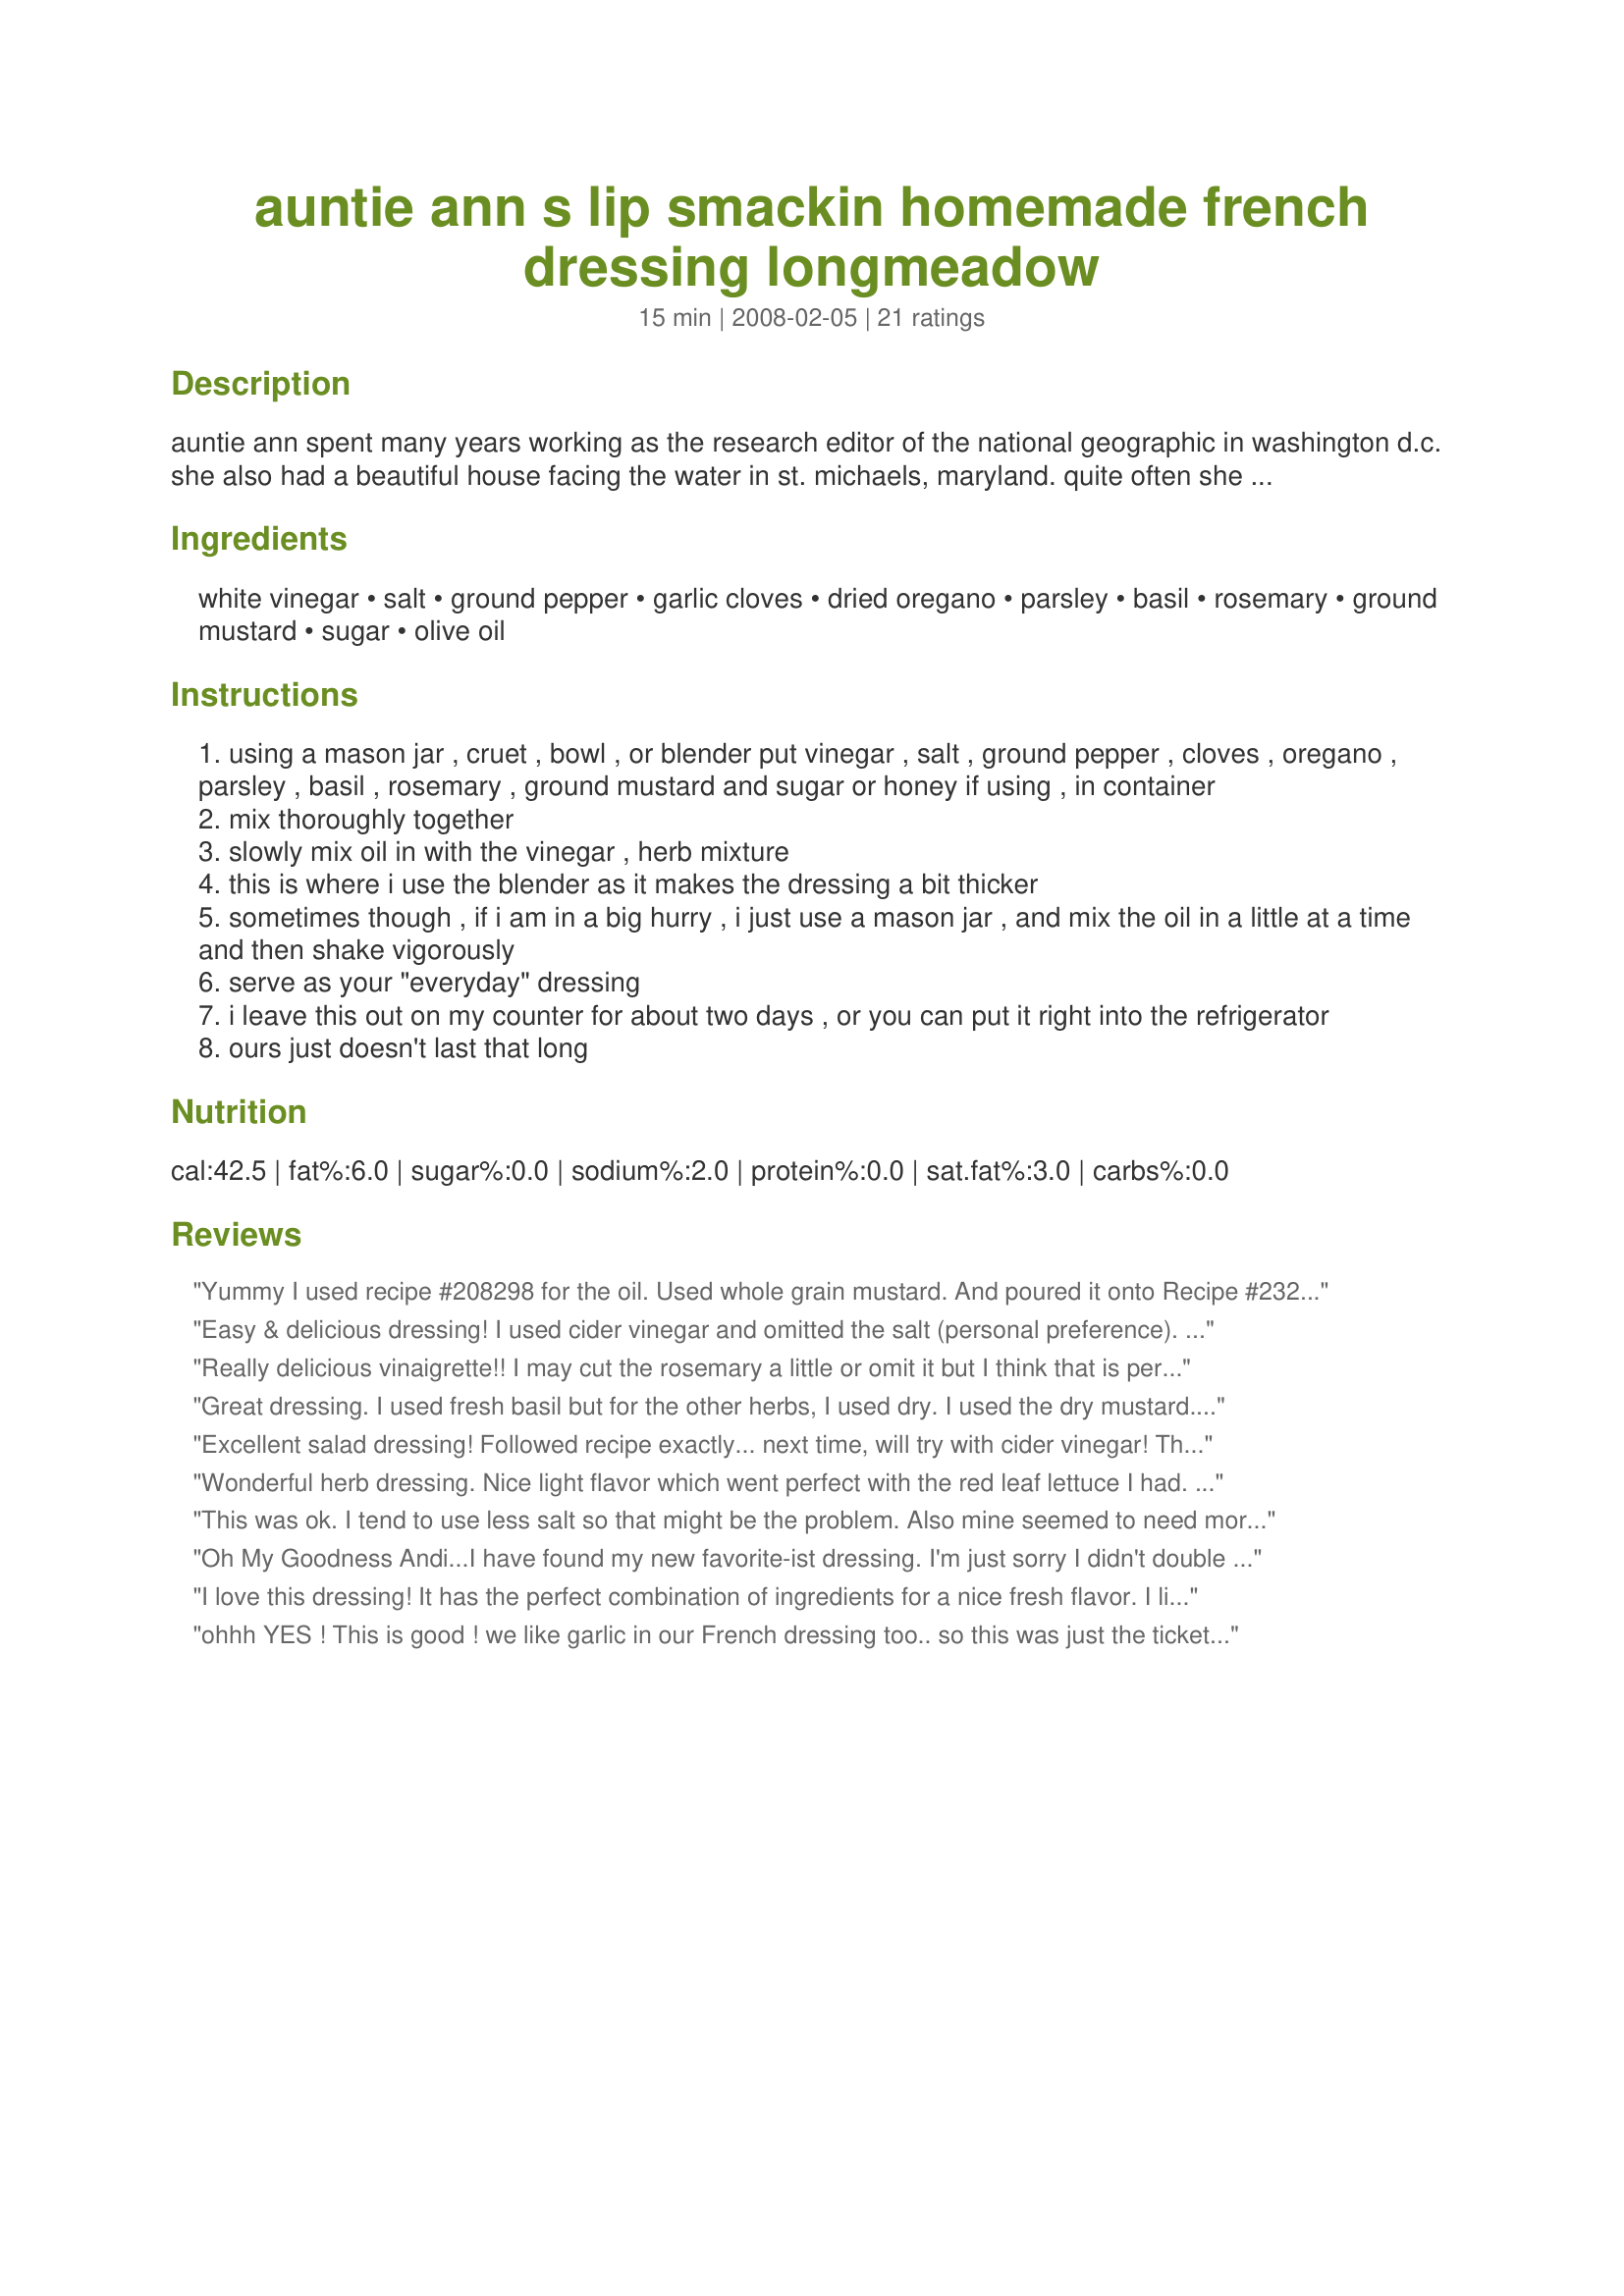
auntie ann s lip smackin homemade french dressing longmeadow
Preparation time: 15 minutes

auntie ann spent many years working as the research editor of the national geographic in washington d.c. she also had a beautiful house
facing the water in st. michaels, maryland. quite often she had gatherings of all sorts. from the washington set, dressed up dignitaries and special guests would arrive for a nice friday evening cocktail party that included a nice dinner afterward. during her weekends in st. michaels, she could relax sitting comfortably on a wicker chair facing the harris creek watching the swans swim to and fro in the water. even though auntie ann had a busy productive life as an editor and another busy life on the shore, her cooking skills were perfection. often during a cocktail party she would mix up (the day prior) a good amount of this dressing and ever so lightly, and daintily spoon this over some fresh salad greens and toss. when she was getting ready to have the labor day crowd in for some good old "maryland blue crabs" at her home on the shore, she would use this dressing in a simple pasta salad, that could be kept outside longer as it didn't have any mayonnaise or dairy in it to spoil. i use this now for "saturday lunch on the farm" salad, which has become a huge bowl of all kinds of lettuces, fresh cut up vegetables and olives. hey you can't go wrong with auntie ann can you? after all; life is good when partaking of a salad, isn't it? can be easily halved.

Ingredients:
white vinegar, salt, ground pepper, garlic cloves, dried oregano, parsley, basil, rosemary, ground mustard, sugar, olive oil

Steps:
using a mason jar , cruet , bowl , or blender put vinegar , salt , ground pepper , cloves , oregano , parsley , basil , rosemary , ground mustard and sugar or honey if using , in container
mix thoroughly together
slowly mix oil in with the vinegar , herb mixture
this is where i use the blender as it makes the dressing a bit thicker
sometimes though , if i am in a big hurry , i just use a mason jar , and mix the oil in a little at a time and then shake vigorously
serve as your "everyday" dressing
i leave this out on my counter for about two days , or you can put it right into the refrigerator
ours just doesn't last that long

Reviews:
Yummy I used recipe #208298 for the oil. Used whole grain mustard. And poured it onto Recipe #232266 for yummy gralicy goodness. Thanks!
Easy & delicious dressing! I used cider vinegar and omitted the salt (personal preference). The garlic and herbs were wonderful. Thanks for sharing! Veg*n Swap 32
Really delicious vinaigrette!! I may cut the rosemary a little or omit it but I think that is personal taste. Also may cut the garlic a little. I used white vinegar, sea salt, fresh flat leaf parsley, the rest of my herbs were dried, honey out of health and preference, unrefined extra virgin olive oil, and no optional mustard. I blended it up in a mini food processor. Had over red and green baby romaine leaves, fresh mozzarella cubes, Campari tomatoes quartered, peeled slices of English cucumber (because it wasn't organic/was waxed). I will make this again. Made for ZWT7 Switzerland, for my team Food.Commandos
Great dressing. I used fresh basil but for the other herbs, I used dry. I used the dry mustard. I only used a macon jar. Thanks Andi :) Made for Count Dracula and His Hot Bites for ZWT7
Excellent salad dressing! Followed recipe exactly... next time, will try with cider vinegar! Thanks for posting this recipe, Andi... I'm trying different dressings and this one will definitely go in the salad dressing rotation!
Wonderful herb dressing. Nice light flavor which went perfect with the red leaf lettuce I had. Didn't take me more than 5 minutes to put together, but I put everything in a container and shook like crazy. I did add the garlic, of course, :)
This was ok. I tend to use less salt so that might be the problem. Also mine seemed to need more herbs and less garlic.
Oh My Goodness Andi...I have found my new favorite-ist dressing. I'm just sorry I didn't double or even triple this recipe. MMM-mmmm. The amounts of herbs/spices was perfecto. Because I didn't have white vinegar in the house, I opted to use whitewine vinegar. I don't know if that made a huge difference, but I wouldn't have noticed as all I could keep thinking was, how did I miss this one??? I've been eating salads for oh.....about 100 years now and have always used the spritz you find on the top shelf by the dressings. I've been wasting my money. Thanks for posting a definite keeper for this chicky. 
Made for Potluck Tag~
I love this dressing! It has the perfect combination of ingredients for a nice fresh flavor. I like that I can leave it out on the counter for a few days and it won't go bad. Thanks, Andi. I'll be making this quite regularly.
ohhh YES ! This is good ! we like garlic in our French dressing too.. so this was just the ticket for a weeknight salad. Please see my rating system: 5 wonderful stars for an easy and healthy dressing packed with oodles of flavour. ( let it sit awhile, the flavours infuse better and it's yummy!) Thanks!
I used fresh basil, oregano, parsley and even threw in some peppermint! This went nicely with a salad with fresh from the garden tomatoes and cucumbers. Thanks Andi!
Mmmmm. I loved the garlicky, herby flavor and the thick consistency of this dressing. Using the blender is a good trick for thickening! I'm one lucky girl to have your Aunt Ann's recipe. Thank you for passing it along, Andi. I really loved the story, too!! It makes this recipe all the more special. This dressing will go into my regular rotation for homemade salad dressings. Thank you, Andi! :)
Excellent dressing! I don't have French dressing very often, but this recipe will certainly change that! It's just delicious. I didn't change a thing because it doesn't need it! Thanks for sharing.
Loved the story! And the dressing too,of course. I used fresh parsley and frozen basil and I tried it with cucumbers. Tasted even better the second day and I'll make this a lot. Love that's low in calories.
Update:If using a blender you'll get a very thick dressing, more like a mayonnaise. This time I'll try to let it sit on the counter for two days.
YUMMMMM..... This is outstanding. I used dried oregano, but fresh herbs for everything else -- including rosemary. I also used a tad more of the fresh herbs than the amounts called for in the recipe, and whipped it all through my food processor just minutes after it had all been plucked from the garden, so I got a fantastic fresh green color, too. My guests went back for second helpings of salad tonight, and commented on the wonderful salad dressing. This is a keeper -- next time I will make a pint of it!
Thanks, Andi!
This is a lovely vinaigrette, quick to make and very tasty. I liked the zing of the garlic and mustard, yes the garlic is strong, but we love it that way! I used apple cider vinegar and just a touch more oil, and all dried herbs except for the parsley. Thanks for sharing Andi! Made for PRMRT
My hat off to Auntie Ann, I served it drizzled over a mix of young lettuce leaves, sliced cucumber, halved cherry tomatoes and a little finely sliced red onion with some thinly sliced smoked ham on the side. Thank you Andi for posting, made for Everyday Is a Holiday.
The only thing I changed was to add a little walnut vinegar to this......everything else was as posted!! Auntie Ann KNOWS her French Dressing, I also add garlic to mine as well as herbs! The herbs were a VERY nice touch and the dressing was light and fragrant! I made half the quantity listed - I have LOTS of dressings in various stages of dressed and undressed at the moment in my kitchen - so I did NOT want to add too much to the excitement!!! A delightful and quite classic dressing - worthy of using a VERY old antique pressed glass jug - just for you Andi! The Auberge meets the Farm again.............we CANNOT go on meeting like this! Made for Twissis's special PRMR February Tag Game 2008. Merci encore my little calf! FT:-)
WOW! Thank you for a wonderful recipe....made last night and only made half but used fresh parsley and basil and followed the recipe as written. Not too sweet and not too tart...just right!! Served on a mixed green salad with Recipe#408567#408567 and Recipe#408577A#408577.
This was perfect and very easy to throw together. Served over mixed greens including arugula, with celery, carrot, corn and black olives. I added the optional dry mustard. Thank you! Reviewed for Veg Tag February.
WOW, this truly was amazing! It transformed my plain lettuce into a festival of flavours! :) Mmm, such a herby, sour, sweet sensations! Andi, this truly is a winner and Im so glad you shared it here with us!<br/>I made a third of the stated quantity for just my sis and I and that worked out beautifully! THANK YOU SO MUCH for sharing this keeper with us!<br/>Made and reviewed for Veggie Swap #32 April 2011.
